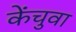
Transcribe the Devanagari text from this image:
केंचुवा